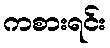
ကစားရင်း